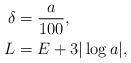
LaTeX: \begin{align*} \delta &= \frac{a}{100}, \\ L &= E + 3\vert\log a\vert, \end{align*}